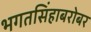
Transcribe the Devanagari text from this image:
भगतसिंहाबरोबर